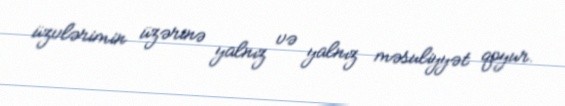
üzvlərimin üzərinə yalnız və yalnız məsuliyyət qoyur.